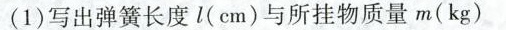
(1)写出弹簧长度l(cm)与所挂物质量m(kg)